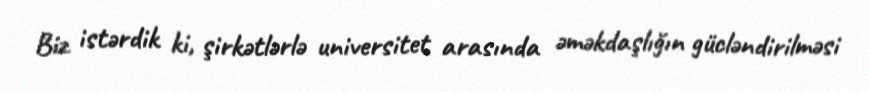
Biz istərdik ki, şirkətlərlə universitet arasında əməkdaşlığın gücləndirilməsi